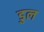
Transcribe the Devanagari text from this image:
डुल